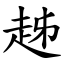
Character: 趀